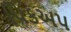
પિકઅપ